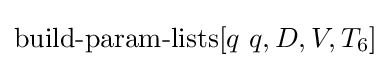
\operatorname {build-param-lists} [q\ q,D,V,T_{6}]